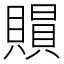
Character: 𧷰